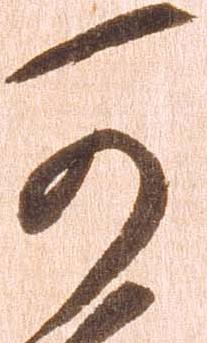
可